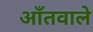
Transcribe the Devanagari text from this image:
आँतवाले